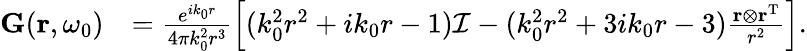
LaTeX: \begin{array}{rl}{{\mathbf G}({\mathbf r},\omega_{0})}&{=\frac{e^{ik_{0}r}}{4\pi k_{0}^{2}r^{3}}\left[(k_{0}^{2}r^{2}+ik_{0}r-1)\mathcal{I}-(k_{0}^{2}r^{2}+3ik_{0}r-3)\frac{{\mathbf r}\otimes{\mathbf r}^{\mathrm{T}}}{r^{2}}\right].}\end{array}